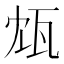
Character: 瓭